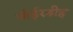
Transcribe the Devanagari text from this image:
बोईरडीह